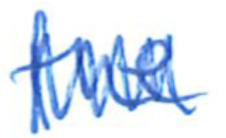
Text: the
Cross-out: zig-zag
Writing tool: ballpoint